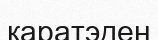
каратэден